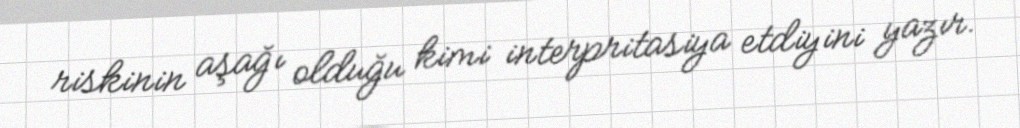
riskinin aşağı olduğu kimi interpritasiya etdiyini yazır.